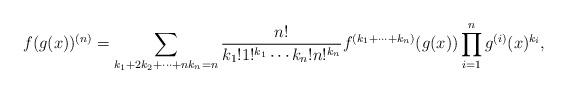
LaTeX: \begin{align*} f(g(x))^{(n)} = \sum_{k_1+2k_2+\cdots+nk_n=n} \frac{n!}{k_1!1!^{k_1}\cdots k_n!n!^{k_n}} f^{(k_1+\cdots+k_n)}(g(x))\prod_{i=1}^n g^{(i)}(x)^{k_i},\end{align*}